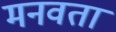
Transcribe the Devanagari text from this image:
मनवता